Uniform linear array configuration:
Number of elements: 24
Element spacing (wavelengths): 0.25
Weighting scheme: binomial
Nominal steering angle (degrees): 45
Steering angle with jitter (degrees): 44.786
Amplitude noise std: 0.05
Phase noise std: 0.05

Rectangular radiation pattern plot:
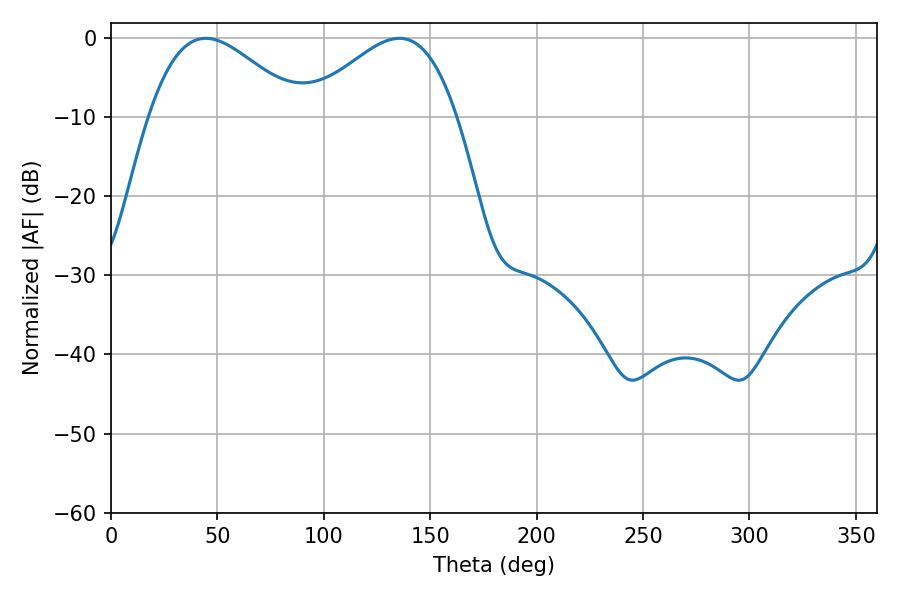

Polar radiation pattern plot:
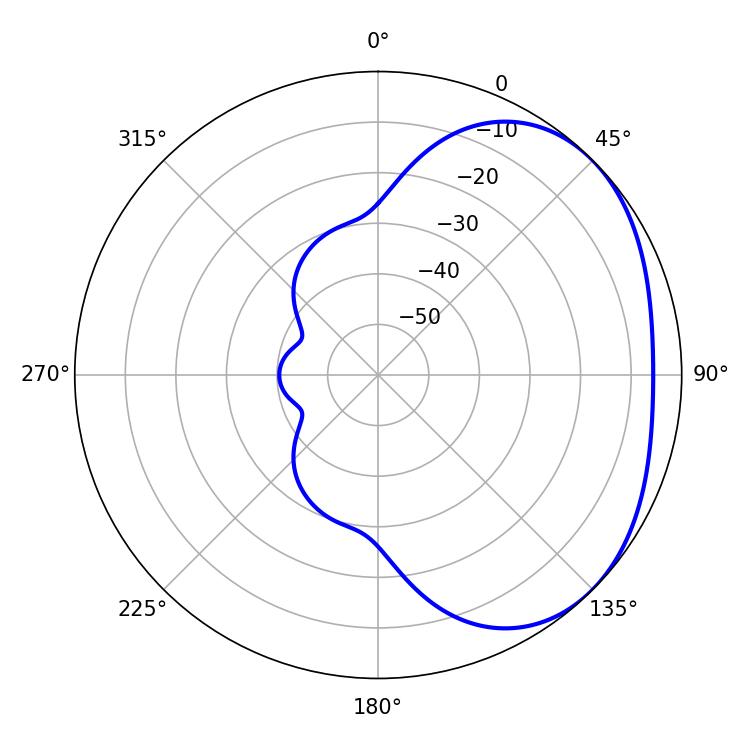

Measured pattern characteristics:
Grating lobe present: FALSE
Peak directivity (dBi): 2.65
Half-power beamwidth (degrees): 38.16
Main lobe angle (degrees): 44.46